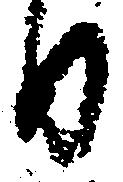
日